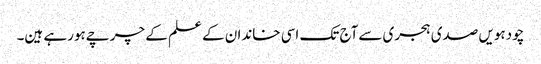
چودہویں صدی ہجری سےآج تک اسی خاندان کے علم کے چرچےہورہے ہین۔